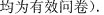
均为有效问卷).